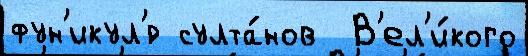
фун'икул'́р султа́нов  В'ел'и́кого